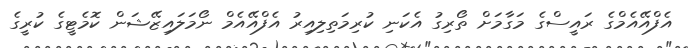
އެފްއޭއެމްގެ ރައީސްގެ މަގާމަށް ތޯރިގު އެކަނި ކުރިމަތިލިއިރު އެފްއޭއެމް ނޯމަލައިޒޭޝަން ކޮމެޓީގެ ކުރީގެ